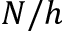
N / h